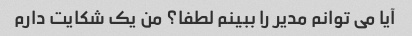
آیا می توانم مدیر را ببینم لطفا؟ من یک شکایت دارم